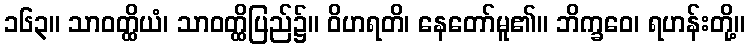
၁၆၃။ သာဝတ္ထိယံ၊ သာဝတ္ထိပြည်၌။ ဝိဟရတိ၊ နေတော်မူ၏။ ဘိက္ခဝေ၊ ရဟန်းတို့။